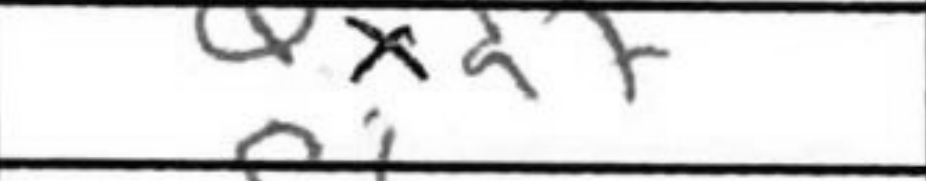
Transcription: Qxd7